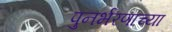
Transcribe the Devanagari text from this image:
पुनर्भरणाच्या